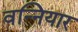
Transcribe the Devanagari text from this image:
वन्नियार